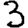
Digit: 3